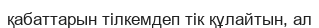
қабаттарын тілкемдеп тік құлайтын, ал